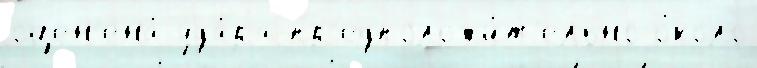
оцен'ена́ уда́ра пр'едположи́т'ельно о́коло